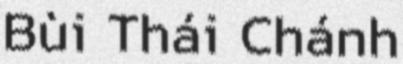
Bùi Thái Chánh